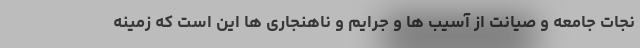
نجات جامعه و صیانت از آسیب ها و جرایم و ناهنجاری ها این است که زمینه